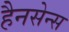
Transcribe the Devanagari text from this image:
हैनसेन्स